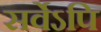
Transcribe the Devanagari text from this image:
सर्वेऽपि